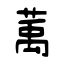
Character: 萭